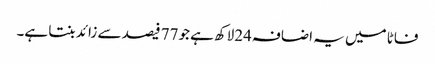
فاٹا میں یہ اضافہ24لاکھ ہے جو77 فیصد سے زائد بنتا ہے۔